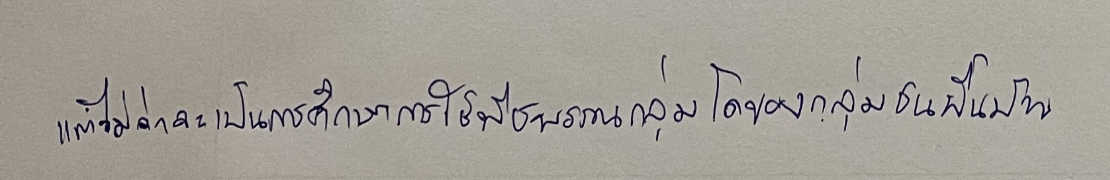
แต่ไม่ว่าจะเป็นการศึกษาการใช้พืชพรรณกลุ่มใดของกลุ่มชนพื้นบ้าน